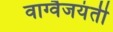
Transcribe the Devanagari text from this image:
वाग्वैजयंती